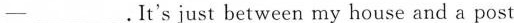
-___.It's just between my house and a post office.